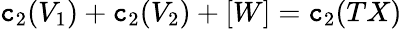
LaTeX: \mathtt{c}_{2}(V_{1})+\mathtt{c}_{2}(V_{2})+[W]=\mathtt{c}_{2}(TX)